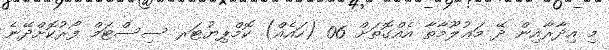
މި އިދާރާއިން ދޭ މަޢުލޫމާތާ އެއްގޮތަށް 06 (ހައެއް) ކޮމްޕިޔުޓަރ ސިސްޓަމް ފޯރުކޮށްދޭނެ